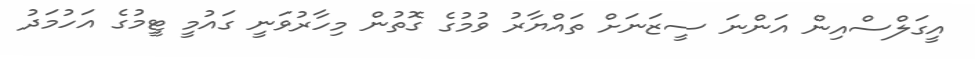
އީގަލްސްއިން އަންނަ ސީޒަނަށް ތައްޔާރު ވުމުގެ ގޮތުން މިހާރުވަނީ ގައުމީ ޓީމުގެ އަހުމަދު